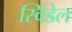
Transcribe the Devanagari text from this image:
स्विंडेल